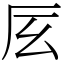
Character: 㕄